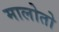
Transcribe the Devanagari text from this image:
मालोतो